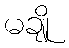
မချို